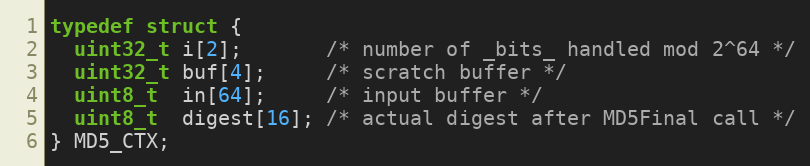
Language: C
typedef struct {
  uint32_t i[2];       /* number of _bits_ handled mod 2^64 */
  uint32_t buf[4];     /* scratch buffer */
  uint8_t  in[64];     /* input buffer */
  uint8_t  digest[16]; /* actual digest after MD5Final call */
} MD5_CTX;